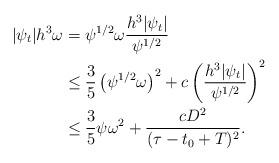
LaTeX: \begin{align*}\begin{aligned}|\psi_t|h^3\omega&=\psi^{1/2}\omega\frac{h^3|\psi_t|}{\psi^{1/2}}\\&\leq\frac 35\left(\psi^{1/2}\omega\right)^2+c\left(\frac{h^3|\psi_t|}{\psi^{1/2}}\right)^2\\&\leq\frac 35\psi\omega^2+\frac{cD^2}{(\tau-t_0+T)^2}.\end{aligned}\end{align*}